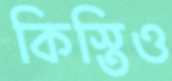
কিস্তিও